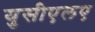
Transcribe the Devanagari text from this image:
युसीएलए